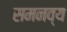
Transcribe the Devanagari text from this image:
समनव्य